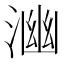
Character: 𭱒